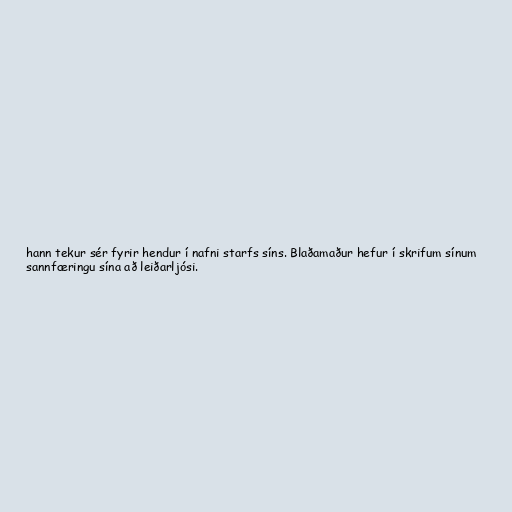
hann tekur sér fyrir hendur í nafni starfs síns. Blaðamaður hefur í skrifum sínum
sannfæringu sína að leiðarljósi.